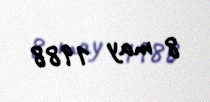
8 may 1988